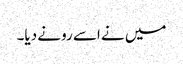
میں نے اسے رونے دیا۔